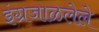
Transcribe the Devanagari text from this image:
इंग्रजाळलेले